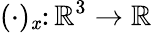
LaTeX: (\cdot)_{\mathit{x}}\colon{\mathbb{{R}}^{3}}\to\mathbb{{R}}